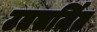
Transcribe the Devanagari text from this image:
उतसर्जित